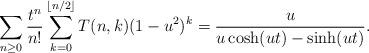
LaTeX: \begin{align*}\sum_{n\geq 0}{\frac{t^n}{n!}\sum_{k=0}^{\lfloor n/2\rfloor}{T(n,k) (1-u^2)^k}}=\frac{u}{u\cosh(ut)-\sinh(ut)}.\end{align*}